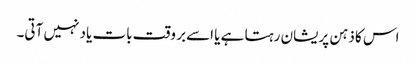
اس کا ذہن پریشان رہتا ہے یا اسےبر وقت بات یاد نہیں آتی۔